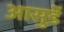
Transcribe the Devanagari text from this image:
आसुर्डे